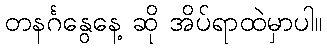
တနင်္ဂနွေနေ့ ဆို အိပ်ရာထဲမှာပါ။